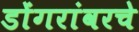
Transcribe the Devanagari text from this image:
डोंगरांवरचे